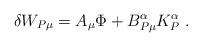
LaTeX: \begin{align*}\delta W_{P\mu} = A_{\mu}\Phi + B_{P\mu}^{\alpha}K^{\alpha}_P \ .\end{align*}